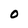
Character: 0